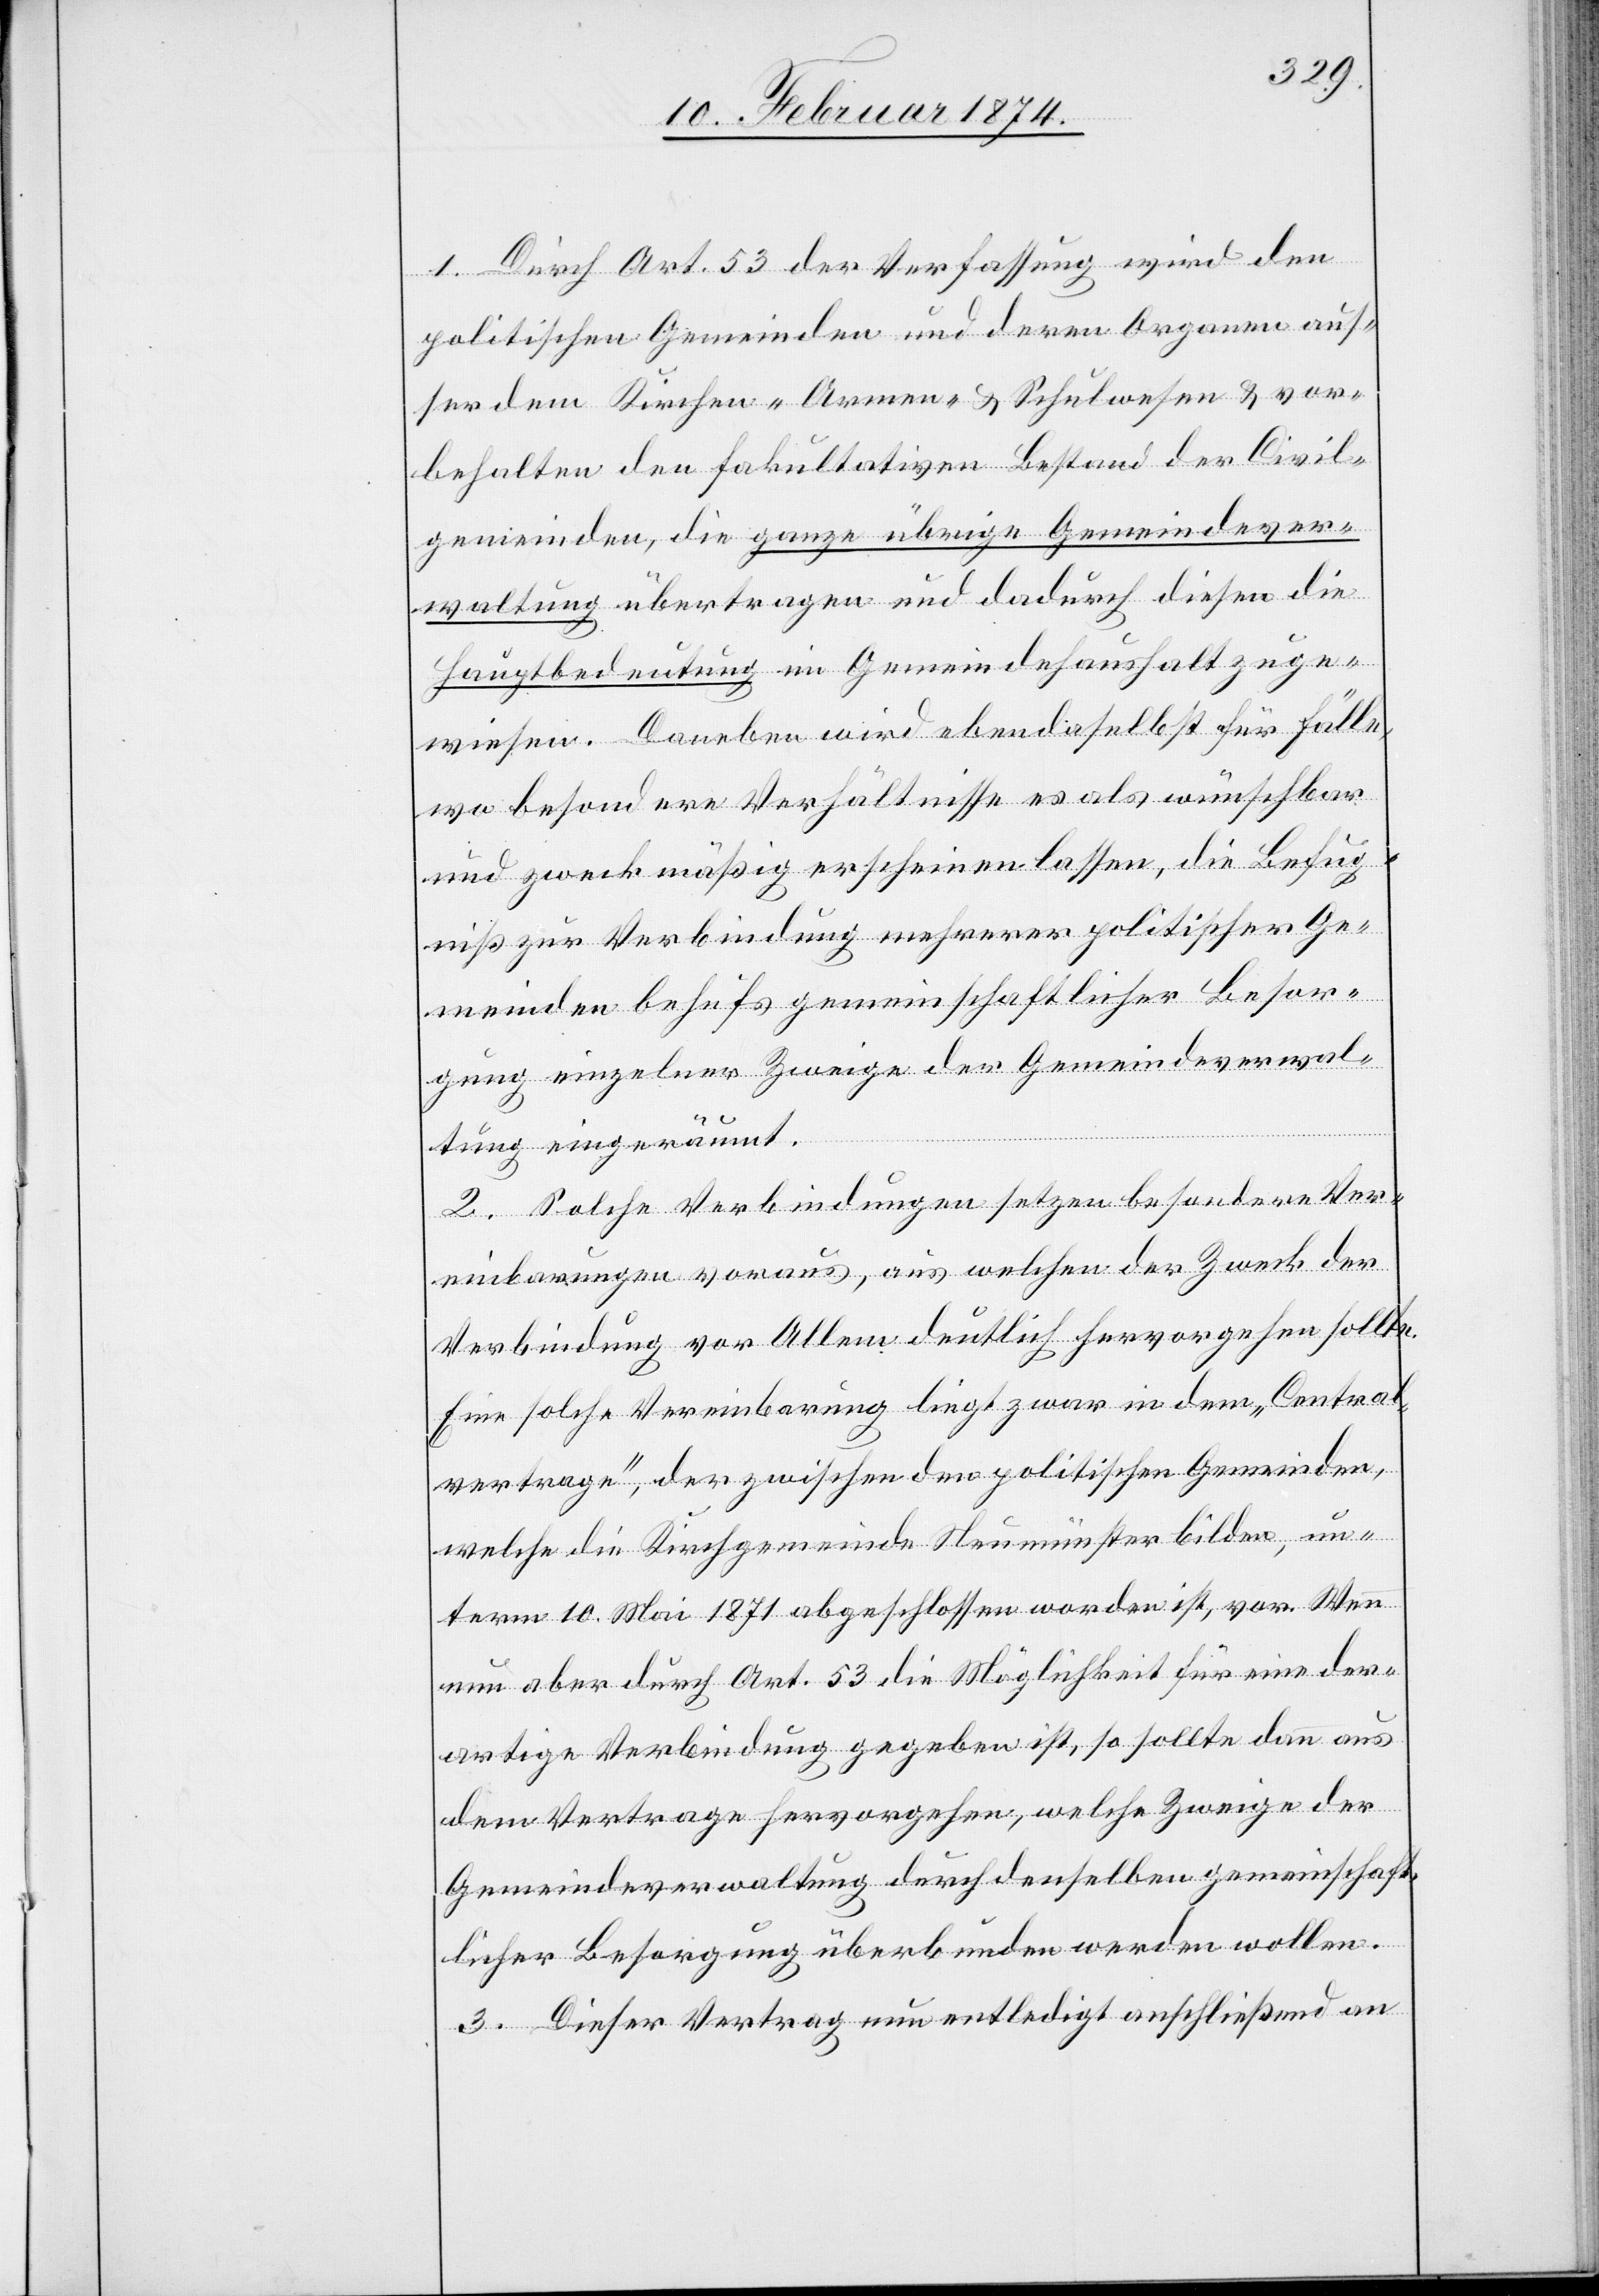
1. Durch Art. 53 der Verfassung wird den
politischen Gemeinden und deren Organe aus¬
ser dem Kirchen „Armen- & Schulwesen u. vor¬
behalten den fakultativen Bestand der Civil¬
gemeinden, die ganze übrige Gemeindever¬
waltung übertragen und dadurch diesen die
Hauptbedeutung im Gemeindehaushalt zuge¬
wiesen. Daneben wird ebendaselbst für Fälle
wo besondere Verhältnisse es als wünschbar
und zweckmäßig erscheinen lassen, die Befug¬
niß zur Verbindung mehrerer politischer Ge¬
meinden behufs gemeinschaftlicher Besor¬
gung einzelner Zweige der Gemeindeverwal¬
tung eingeräumt.
2. Solche Verbindungen setzen besondere Ver¬
einbarungen voraus, aus welchen der Zweck der
Verbindung vor Allem deutlich hervorgehen sollte.
Eine solche Vereinbarung liegt zwar in dem „Central¬
vertrage“, der zwischen den politischen Gemeinden,
welche die Kirchgemeinde Neumünster bilden, un¬
term 10. Mai 1871 abgeschlossen worden ist, vor. Wenn
nun aber durch Art. 53 die Möglichkeit für eine der¬
artige Verbindung gegeben ist, so sollte dann aus
dem Vertrage hervorgehen, welche Zweige der
Gemeindeverwaltung durch denselben gemeinschaft¬
licher Besorgung überbunden werden wollen.
3. Dieser Vortrag nun entledigt anschließend an